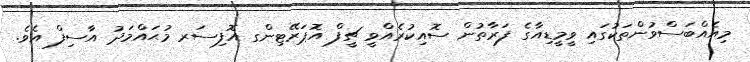
މިއެއްބަސްވުންތަކުގައި ވީމީޑިއާގެ ފަރާތުން ސޮއިކުރެއްވީ ޗީފް އޮޕަރޭޓިންގ އޮފިސަރ މުޙައްމަދު އާސިފް އެވެ.